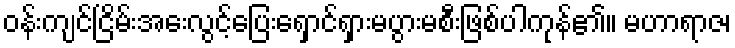
ဝန်းကျင်ငြိမ်းအေးလွင့်ပြေးရှောင်ရှားမပွားမစီးဖြစ်ပါကုန်၏။ မဟာရာဇ၊